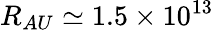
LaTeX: R_{AU}\simeq 1.5\times 10^{13}